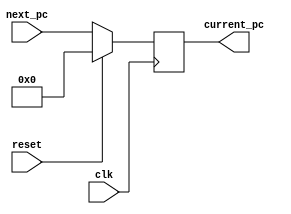
module PC(reset, clk, next_pc, current_pc);
input clk;
input reset;
input [31: 0] next_pc;
output reg [31: 0] current_pc;

   
    always@(posedge clk) begin
        if(reset) begin

            current_pc <= 32'b0;
        end
        else begin
           
            current_pc <= next_pc;
            
        end
    end
endmodule